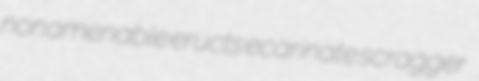
nonamenable eructs ecarinate scragger